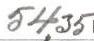
54,35